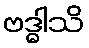
ဗဒ္ဓါသိ